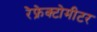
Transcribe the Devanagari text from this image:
रेफ्रेक्टोमीटर